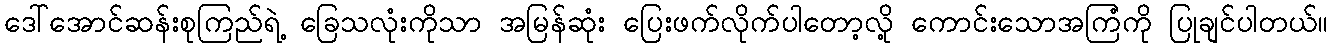
ဒေါ်အောင်ဆန်းစုကြည်ရဲ့ ခြေသလုံးကိုသာ အမြန်ဆုံး ပြေးဖက်လိုက်ပါတော့လို့ ကောင်းသောအကြံကို ပြုချင်ပါတယ်။